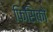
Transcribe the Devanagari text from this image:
फिसिको